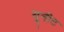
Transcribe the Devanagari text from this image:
यूनीट